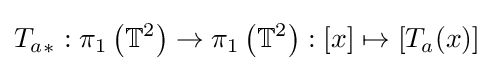
{T_{a}}_{\ast }:\pi _{1}\left(\mathbb {T} ^{2}\right)\to \pi _{1}\left(\mathbb {T} ^{2}\right):[x]\mapsto \left[T_{a}(x)\right]